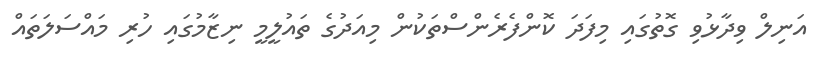
އަނިލް ވިދާޅުވި ގޮތުގައި މިފަދަ ކޮންފެރެންސްތަކުން މިއަދުގެ ތައުލީމީ ނިޒާމުގައި ހުރި މައްސަލަތައް